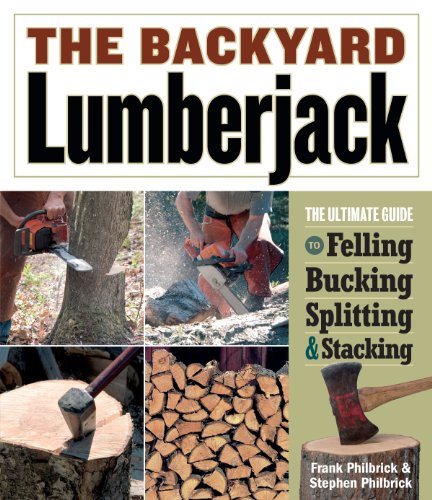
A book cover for The Backyard Lumberjack; Frank Philbrick; Crafts, Hobbies & Home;